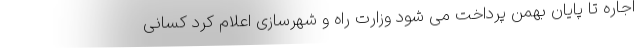
اجاره تا پایان بهمن پرداخت می شود وزارت راه و شهرسازی اعلام کرد کسانی